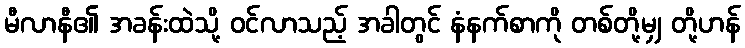
မီလာနီ၏ အခန်းထဲသို့ ဝင်လာသည့် အခါတွင် နံနက်စာကို တစ်တို့မျှ တို့ဟန်